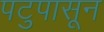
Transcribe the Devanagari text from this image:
पटुपासून